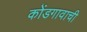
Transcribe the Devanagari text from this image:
कोंडगावाची